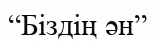
“Біздің ән”